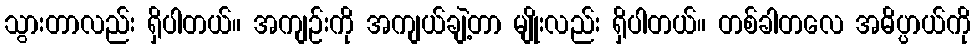
သွားတာလည်း ရှိပါတယ်။ အကျဉ်းကို အကျယ်ချဲ့တာ မျိုးလည်း ရှိပါတယ်။ တစ်ခါတလေ အဓိပ္ပာယ်ကို